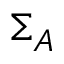
\Sigma _ { A }